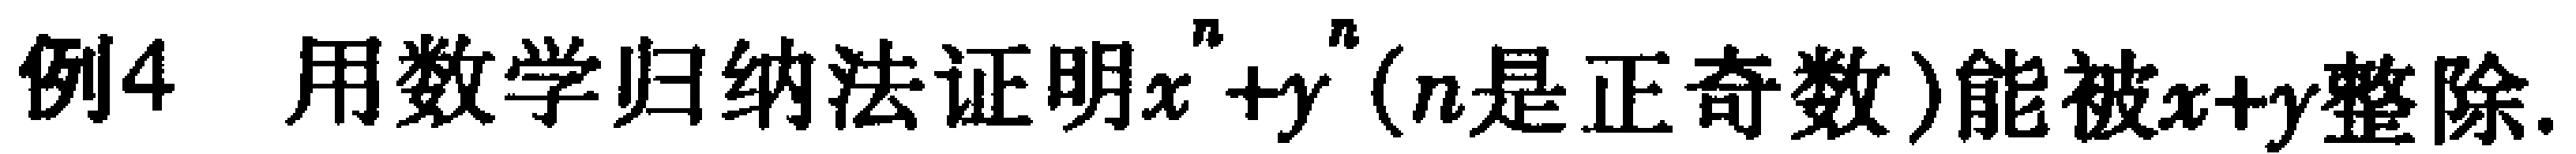
例4 用数学归纳法证明\(x^{n}+y^{n}\)（\(n\)是正奇数）能被\(x + y\)整除.